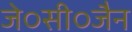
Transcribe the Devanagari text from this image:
जे०सी०जैन